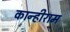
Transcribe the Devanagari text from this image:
कान्हीराम